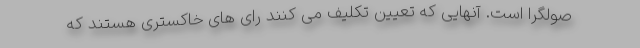
صولگرا است. آنهایی که تعیین تکلیف می کنند رای های خاکستری هستند که